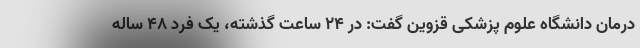
درمان دانشگاه علوم پزشکی قزوین گفت: در 24 ساعت گذشته، یک فرد 48 ساله